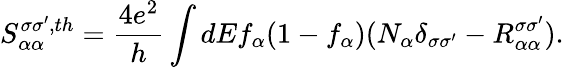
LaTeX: S_{\alpha\alpha}^{\sigma\sigma^{\prime},th}=\frac{4e^{2}}{h}\int dEf_{\alpha}(1-f_{\alpha})(N_{\alpha}\delta_{\sigma\sigma^{\prime}}-R_{\alpha\alpha}^{\sigma\sigma^{\prime}}).